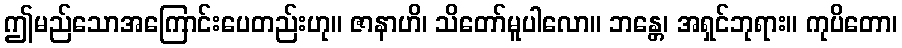
ဤမည်သောအကြောင်းပေတည်းဟု။ ဇာနာဟိ၊ သိတော်မူပါလော။ ဘန္တေ၊ အရှင်ဘုရား။ ကုပိတော၊